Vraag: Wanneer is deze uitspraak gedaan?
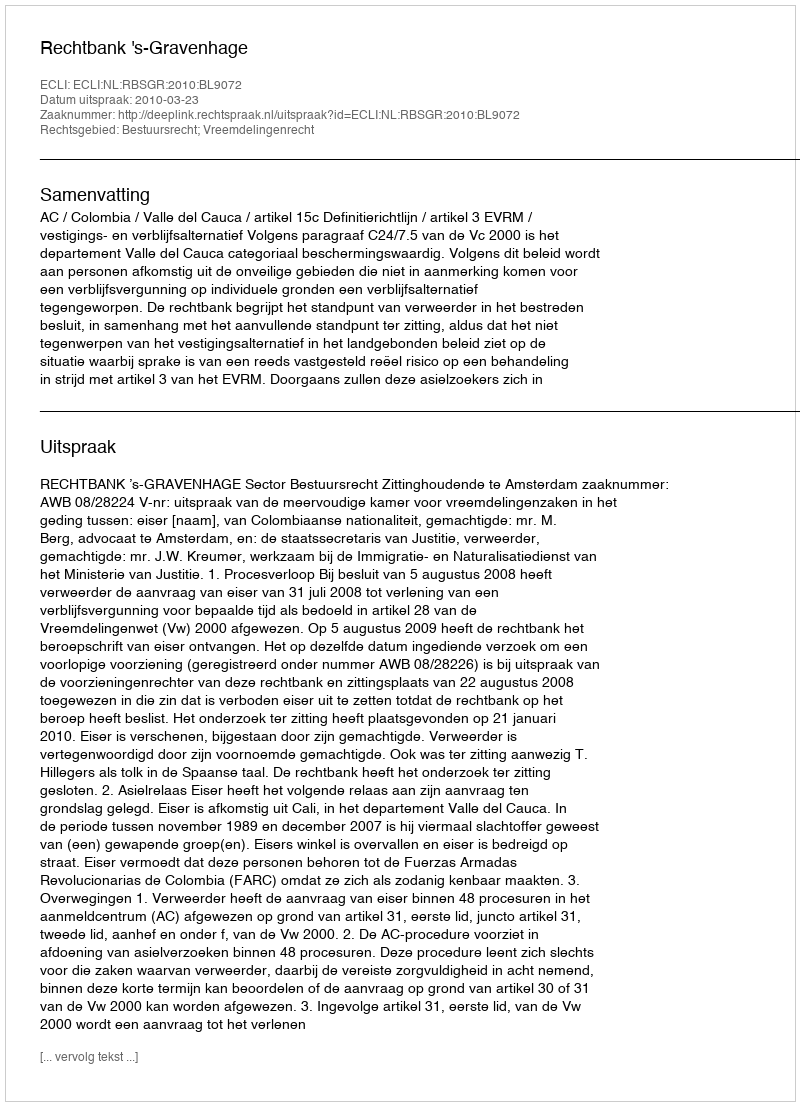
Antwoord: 2010-03-23